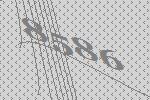
8586